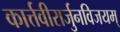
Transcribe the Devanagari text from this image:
कार्त्तवीरार्जुनविजयम्